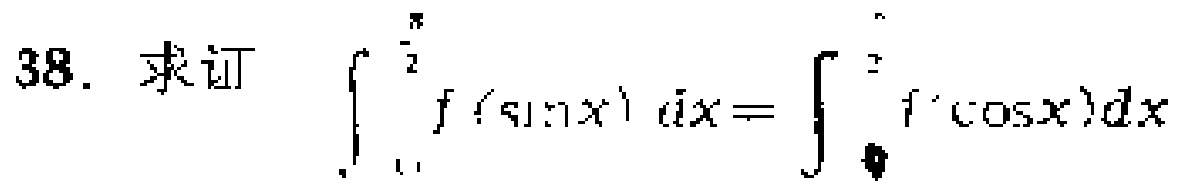
38. 求证 \(\int_{0}^{\frac{\pi}{2}} f(\sin x)dx = \int_{?}^{?} f(\cos x)dx\)